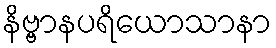
နိဗ္ဗာနပရိယောသာနာ